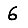
Digit: 6